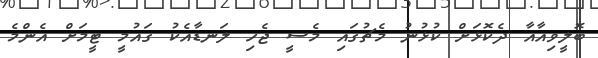
ބޮލީވިއާއާ ދެކޮޅަށް ކުޅުނު މެޗުގައި މެސީ ޖެހި ލަނޑާއެކު ގައުމީ ޓީމަށް އެންމެ